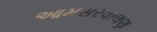
આમસરવાલણ